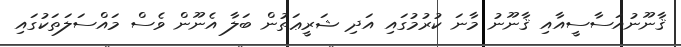
ޤާނޫނުއަސާސީއާއި ޤާނޫނު މާނަ ކުރުމުގައި އަދި ޝަރީޢަތުން ބަލާ އެނޫން ވެސް މައްސަލަތަކުގައި